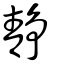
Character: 靜